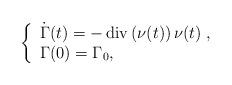
LaTeX: \begin{align*}\left\{\begin{array}{lll}\dot{\Gamma}(t) = - \operatorname{div}\left(\nu(t) \right) \nu(t) \;,\\\Gamma(0) = \Gamma_0,\end{array}\right.\end{align*}